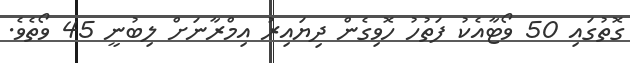
ގޮތުގައި 50 ވޯޓާއެކު ފަތުހު ހޮވިގެން ދިޔައިރު އިމްރާނަށް ލިބުނީ 45 ވޯތެވެ.